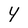
Character: Y